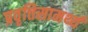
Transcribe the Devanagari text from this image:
प्रवृत्तिसामर्थ्य